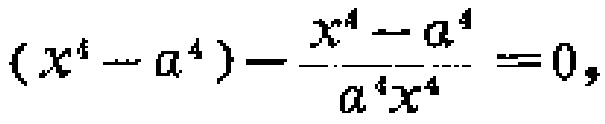
\((x^{4}-a^{4})-\frac{x^{4}-a^{4}}{a^{4}x^{4}} = 0\)